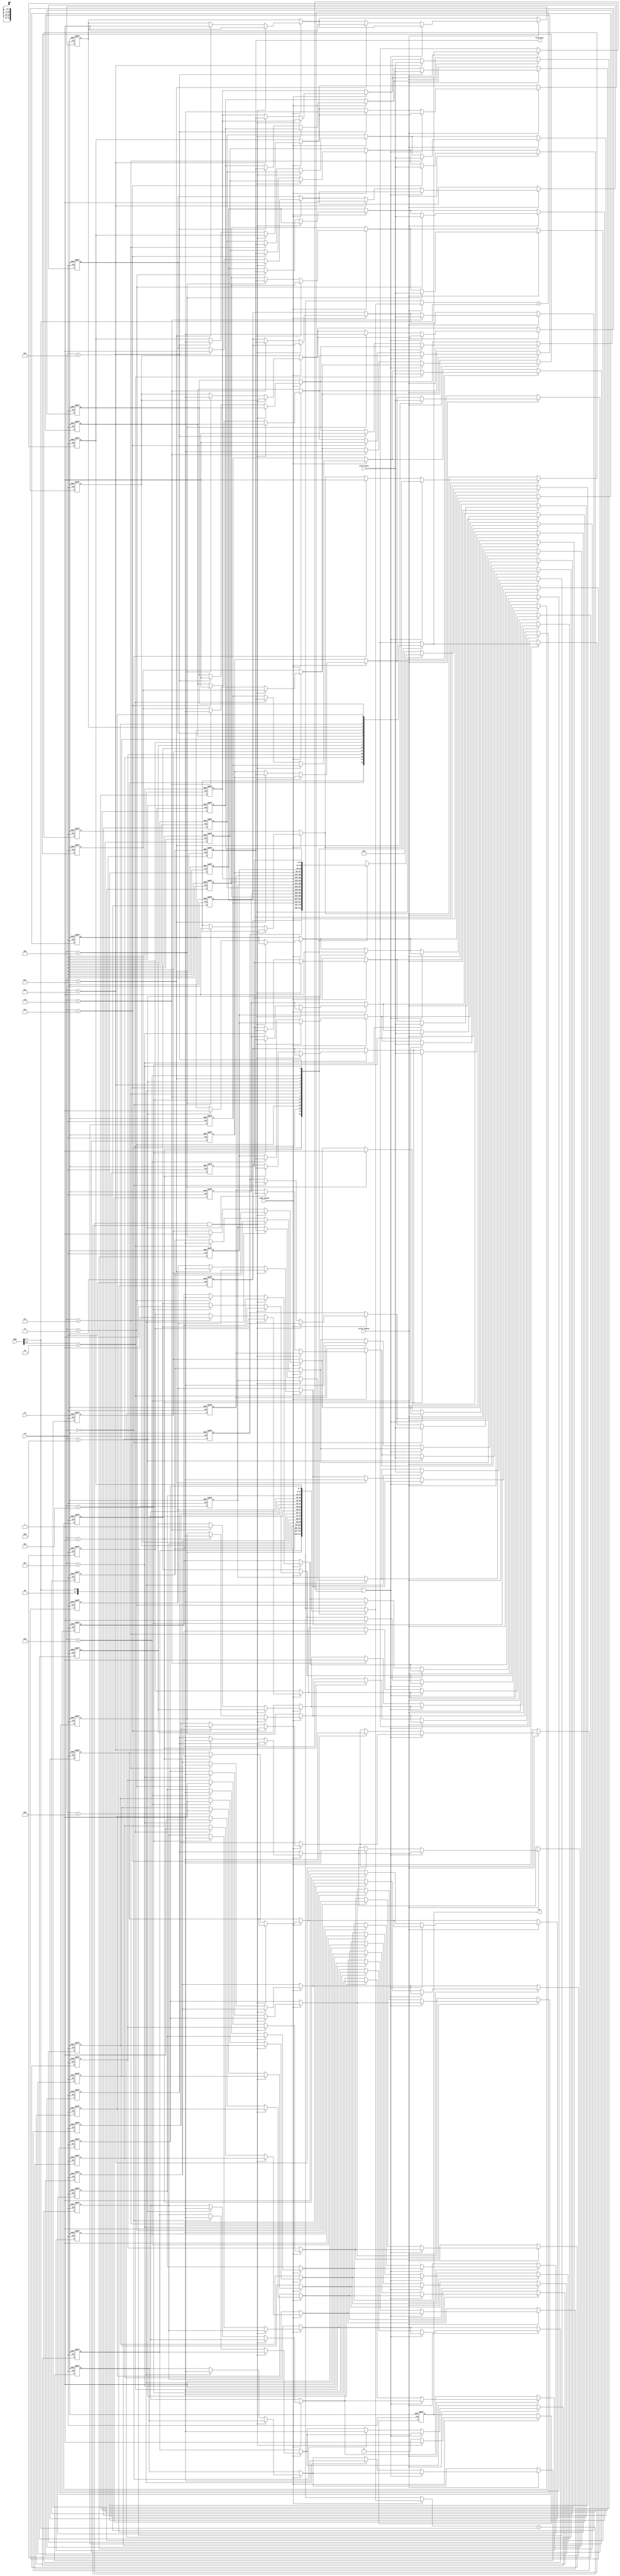
module WriteBackCache #(
    parameter CACHE_SIZE = 16,   // Number of cache lines
    parameter BLOCK_SIZE = 4,     // Size of each block (in bytes)
    parameter ADDRESS_WIDTH = 8   // Width of the address bus
) (
    input wire clk,               // Clock signal
    input wire rst,               // Reset signal
    input wire [ADDRESS_WIDTH-1:0] addr, // Address for read/write
    input wire [31:0] write_data, // Data to write
    input wire read_enable,       // Read enable signal
    input wire write_enable,      // Write enable signal
    output reg [31:0] read_data,  // Data read from cache
    output reg hit                // Cache hit flag
);

    // Cache line structure
    reg [31:0] cache_data [0:CACHE_SIZE-1]; // Cache data storage
    reg [ADDRESS_WIDTH-1:0] cache_tag [0:CACHE_SIZE-1]; // Cache tags
    reg cache_valid [0:CACHE_SIZE-1]; // Valid bits
    reg cache_dirty [0:CACHE_SIZE-1]; // Dirty bits

    integer i;

    // Address decoder
    wire [ADDRESS_WIDTH-1:0] index;
    wire [ADDRESS_WIDTH-1:0] tag;

    assign index = addr[ADDRESS_WIDTH-1:2]; // Cache index
    assign tag = addr[ADDRESS_WIDTH-1:2];   // Cache tag

    always @(posedge clk or posedge rst) begin
        if (rst) begin
            // Initialize the cache
            for (i = 0; i < CACHE_SIZE; i = i + 1) begin
                cache_data[i] <= 32'b0;
                cache_tag[i] <= 1'b0;
                cache_valid[i] <= 1'b0;
                cache_dirty[i] <= 1'b0;
            end
            read_data <= 32'b0;
            hit <= 1'b0;
        end else begin
            // Cache read operation
            if (read_enable) begin
                hit <= 1'b0;
                if (cache_valid[index] && (cache_tag[index] == tag)) begin
                    // Cache hit
                    read_data <= cache_data[index];
                    hit <= 1'b1;
                end else begin
                    // Cache miss
                    // Placeholder for memory fetch - replace with actual logic to fetch from main memory
                    read_data <= 32'b0; // Fetch from main memory
                    cache_tag[index] <= tag; // Update tag
                    cache_data[index] <= read_data; // Load fetched data into cache
                    cache_valid[index] <= 1'b1; // Set valid bit
                    cache_dirty[index] <= 1'b0;  // Clear dirty bit
                end
            end

            // Cache write operation
            if (write_enable) begin
                if (cache_valid[index] && (cache_tag[index] == tag)) begin
                    // Cache hit on write
                    cache_data[index] <= write_data; // Write data to cache
                    cache_dirty[index] <= 1'b1; // Set dirty bit
                end else begin
                    // Cache miss on write
                    // Placeholder for memory fetch - replace with actual logic to fetch from main memory
                    cache_tag[index] <= tag; // Update tag
                    cache_data[index] <= write_data; // Write data to cache
                    cache_valid[index] <= 1'b1; // Set valid bit
                    cache_dirty[index] <= 1'b1; // Set dirty bit
                end
            end
        end
    end

endmodule